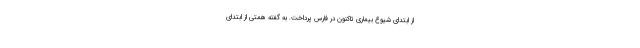
از ابتدای شیوع بیماری تاکنون در فارس پرداخت. به گفته همتی از ابتدای